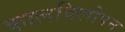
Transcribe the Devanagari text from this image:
कालविलोपन